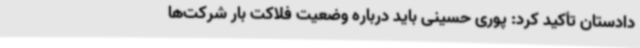
دادستان تأکید کرد: پوری حسینی باید درباره وضعیت فلاکت بار شرکت‌ها